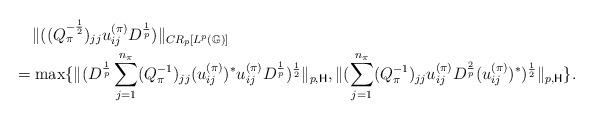
LaTeX: \begin{align*}& \quad\,\|((Q_\pi^{-\frac{1}{2}})_{jj}u_{ij}^{(\pi)}D^{\frac{1}{p}})\|_{CR_p[L^p(\mathbb G)]}\\&= \max \{\|(D^{\frac{1}{p}}\sum_{j=1}^{n_\pi}(Q_\pi^{-1})_{jj}(u_{ij}^{(\pi)})^*u_{ij}^{(\pi)}D^{\frac{1}{p}})^{\frac{1}{2}}\|_{p,\mathsf H},\|(\sum_{j=1}^{n_\pi}(Q_\pi^{-1})_{jj}u_{ij}^{(\pi)}D^{\frac{2}{p}}(u_{ij}^{(\pi)})^*)^{\frac{1}{2}}\|_{p,\mathsf H}\}.\end{align*}